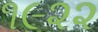
૧૯૨૨